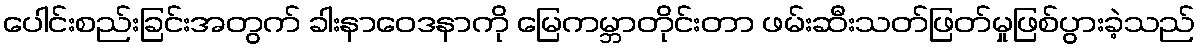
ပေါင်းစည်းခြင်းအတွက် ခါးနာဝေဒနာကို မြေကမ္ဘာတိုင်းတာ ဖမ်းဆီးသတ်ဖြတ်မှုဖြစ်ပွားခဲ့သည်